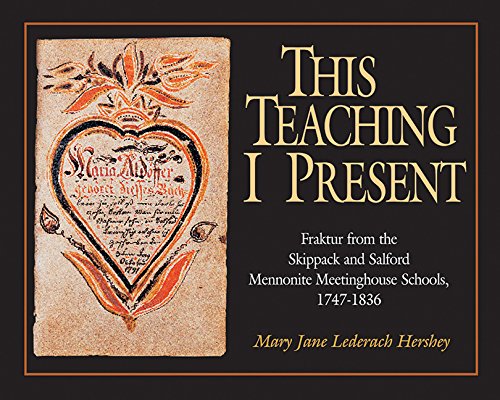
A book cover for This Teaching I Present: Fraktur From the Skippack & Salford Mennonite Meetinghouse Schools, 1747-1836 (Studies in Anabaptist and Mennonite History); Mary Jane Lederach Hershey; Christian Books & Bibles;